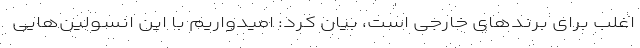
اغلب برای برندهای خارجی است، بیان کرد: امیدواریم با این انسولین‌هایی